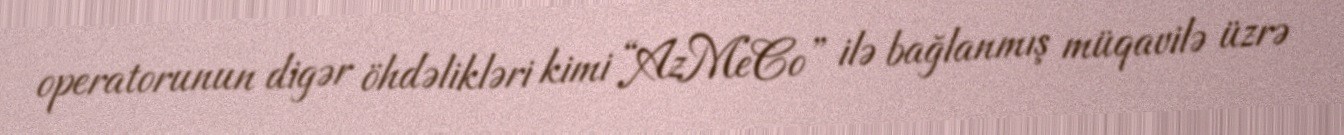
operatorunun digər öhdəlikləri kimi “AzMeCo” ilə bağlanmış müqavilə üzrə